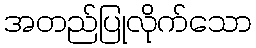
အတည်ပြုလိုက်သော